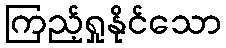
ကြည့်ရှုနိုင်သော